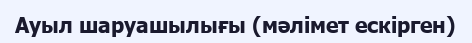
Ауыл шаруашылығы (мәлімет ескірген)